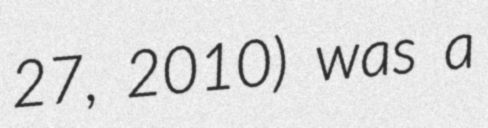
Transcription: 27, 2010) was a